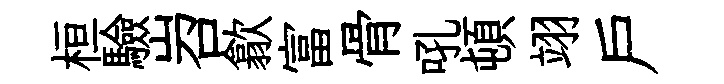
桓驗岧歙富骨吼頓翊戶